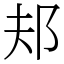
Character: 邞